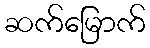
ဆက်မြောက်